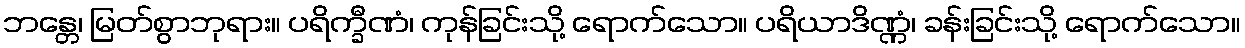
ဘန္တေ၊ မြတ်စွာဘုရား။ ပရိက္ခီဏံ၊ ကုန်ခြင်းသို့ ရောက်သော။ ပရိယာဒိဏ္ဏံ၊ ခန်းခြင်းသို့ ရောက်သော။